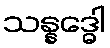
သန္နဒ္ဓေါ